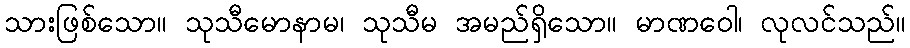
သားဖြစ်သော။ သုသီမောနာမ၊ သုသီမ အမည်ရှိသော။ မာဏဝေါ၊ လုလင်သည်။